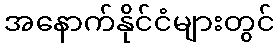
အနောက်နိုင်ငံများတွင်